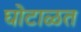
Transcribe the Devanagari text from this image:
घोटाळत